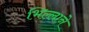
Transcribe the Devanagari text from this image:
भिल्लाने